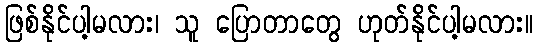
ဖြစ်နိုင်ပါ့မလား၊ သူ ပြောတာတွေ ဟုတ်နိုင်ပါ့မလား။